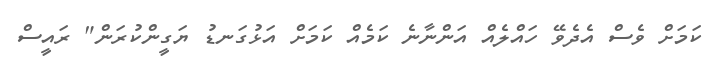
ކަމަށް ވެސް އެދެވޭ ހައްލެއް އަންނާނެ ކަމެއް ކަމަށް އަޅުގަނޑު ޔަގީންކުރަން" ރައީސް